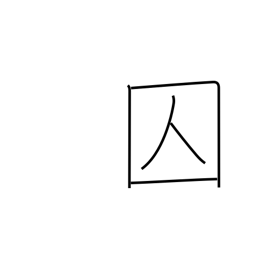
Meaning: criminal